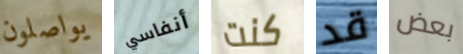
يواصلون أنفاسي كنت قد بعض